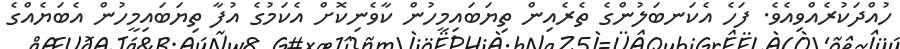
ހުއްދަކުރެއްވިއެވެ. ފަހެ އެކަނބަލުންގެ ތެރެއިން ތިޔަބައިމީހުން ކާވެނިކޮށް އެކަމުގެ އުފާ ތިޔަބައިމީހުން އެބަޔެއްގެ